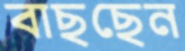
বাছছেন